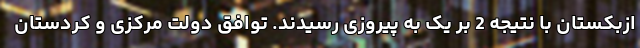
ازبکستان با نتیجه 2 بر یک به پیروزی رسیدند. توافق دولت مرکزی و کردستان